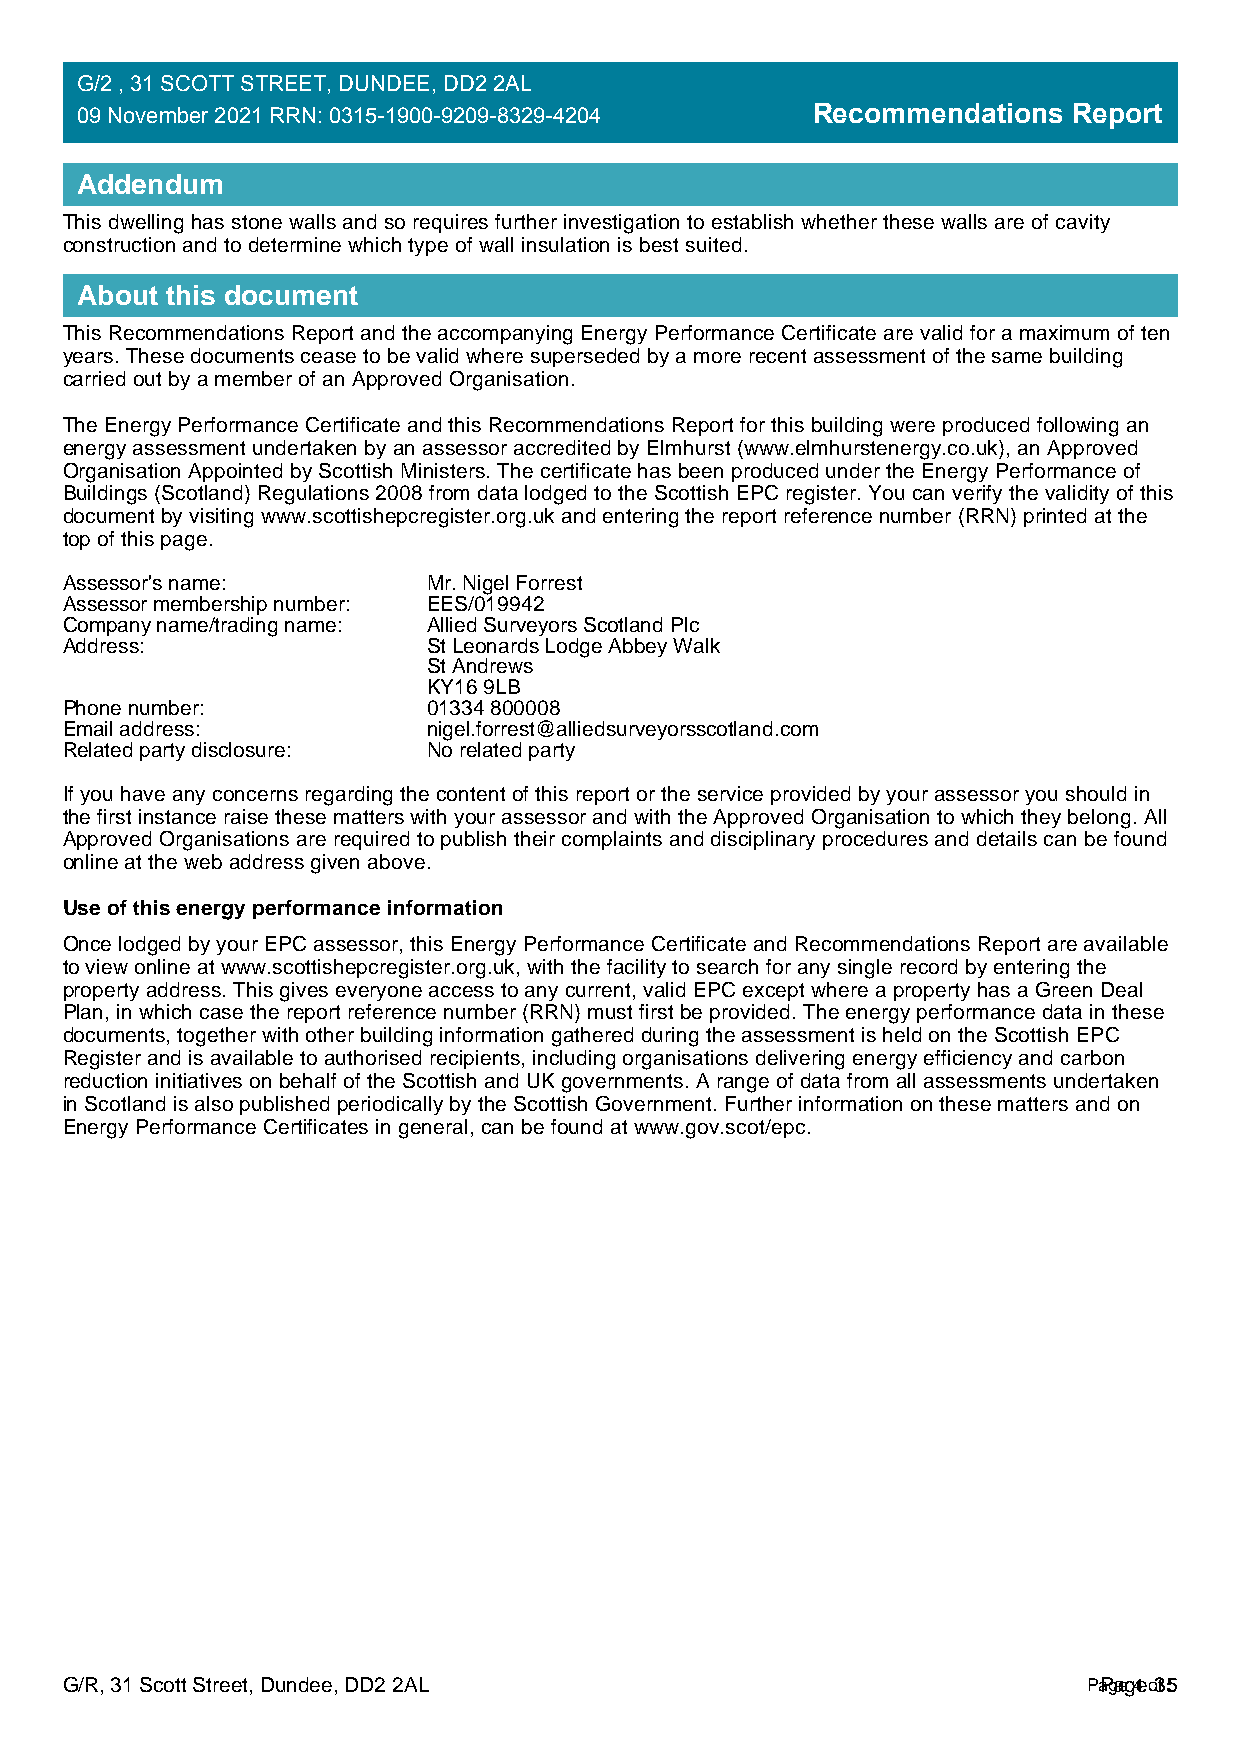
G/2 , 31 SCOTT STREET, DUNDEE, DD2 2AL
 09 November 2021 RRN: 0315-1900-9209-8329-4204   Recommendations  Report
 Addendum
 This dwelling has stone walls and so requires further investigation to establish whether these walls are of cavity
 construction and to determine which type of wall insulation is best suited.
 About this document
 This Recommendations Report and the accompanying Energy Performance Certificate are valid for a maximum of ten
 years. These documents cease to be valid where superseded by a more recent assessment of the same building
 carried out by a member of an Approved Organisation.
 The Energy Performance Certificate and this Recommendations Report for this building were produced following an
 energy assessment undertaken by an assessor accredited by Elmhurst (www.elmhurstenergy.co.uk), an Approved
 Organisation Appointed by Scottish Ministers. The certificate has been produced under the Energy Performance of
 Buildings (Scotland) Regulations 2008 from data lodged to the Scottish EPC register. You can verify the validity of this
 document by visiting www.scottishepcregister.org.uk and entering the report reference number (RRN) printed at the
 top of this page.
 Assessor's name:        Mr. Nigel Forrest
 Assessor membership number: EES/019942
 Company name/trading name: Allied Surveyors Scotland Plc
 Address:                St Leonards Lodge Abbey Walk
 St Andrews
 KY16 9LB
 Phone number:           01334 800008
 Email address:          nigel.forrest@alliedsurveyorsscotland.com
 Related party disclosure: No related party
 If you have any concerns regarding the content of this report or the service provided by your assessor you should in
 the first instance raise these matters with your assessor and with the Approved Organisation to which they belong. All
 Approved Organisations are required to publish their complaints and disciplinary procedures and details can be found
 online at the web address given above.
 Use of this energy performance information
 Once lodged by your EPC assessor, this Energy Performance Certificate and Recommendations Report are available
 to view online at www.scottishepcregister.org.uk, with the facility to search for any single record by entering the
 property address. This gives everyone access to any current, valid EPC except where a property has a Green Deal
 Plan, in which case the report reference number (RRN) must first be provided. The energy performance data in these
 documents, together with other building information gathered during the assessment is held on the Scottish EPC
 Register and is available to authorised recipients, including organisations delivering energy efficiency and carbon
 reduction initiatives on behalf of the Scottish and UK governments. A range of data from all assessments undertaken
 in Scotland is also published periodically by the Scottish Government. Further information on these matters and on
 Energy Performance Certificates in general, can be found at www.gov.scot/epc.
 G/R, 31 Scott Street, Dundee, DD2 2AL                               PaPgaeg 4e o 3f 55